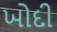
ખોદી